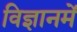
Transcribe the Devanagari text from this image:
विज्ञानमें